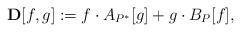
LaTeX: \begin{align*}\mathbf{D}[f,g]:=f\cdot A_{P^*}[g]+g\cdot B_P[f],\end{align*}